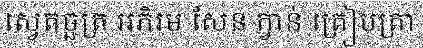
ស្វេតច្ឆត្រ អភិរម សែន ក្វាន់ ត្រៀបត្រា